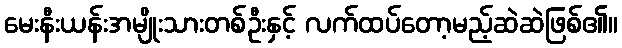
မေးနီးယန်းအမျိုးသားတစ်ဦးနှင့် လက်ထပ်တော့မည့်ဆဲဆဲဖြစ်၏။